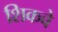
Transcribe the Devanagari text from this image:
शिकवे